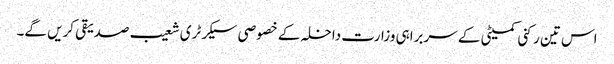
اس تین رکنی کمیٹی کے سربراہی وزارت داخلہ کے خصوصی سیکرٹری شعیب صدیقی کریں گے۔